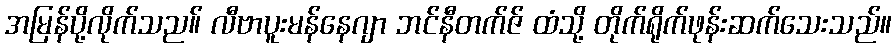
အမြန်ပို့လိုက်သည။် လီဗာပူးမန်နေဂျာ ဘင်နီတက်ဇ် ထံသို့ တိုက်ရိုက်ဖုန်းဆက်သေးသည်။